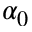
\alpha _ { 0 }